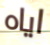
اياه